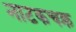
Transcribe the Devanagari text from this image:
नाटकचक्र